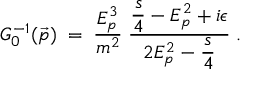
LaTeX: G _ { 0 } ^ { - 1 } ( \vec { p } ) \; = \; \frac { E _ { p } ^ { 3 } } { m ^ { 2 } } \; \frac { \displaystyle \frac { s } { 4 } - E _ { p } ^ { 2 } + i \epsilon } { 2 E _ { p } ^ { 2 } - \displaystyle \frac { s } { 4 } } \; .